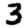
Digit: 3